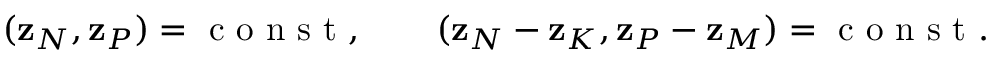
\begin{array} { r } { ( { \bf z } _ { N } , { \bf z } _ { P } ) = \mathrm { ~ c ~ o ~ n ~ s ~ t ~ } , \qquad ( { \bf z } _ { N } - { \bf z } _ { K } , { \bf z } _ { P } - { \bf z } _ { M } ) = \mathrm { ~ c ~ o ~ n ~ s ~ t ~ } . } \end{array}